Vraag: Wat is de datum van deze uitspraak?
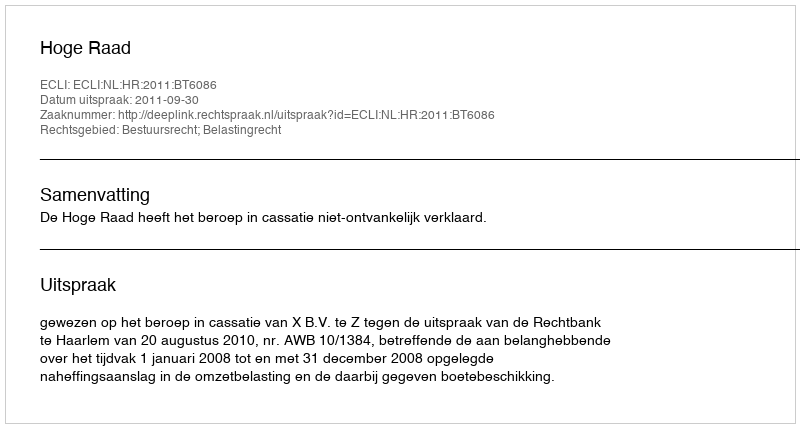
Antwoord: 2011-09-30